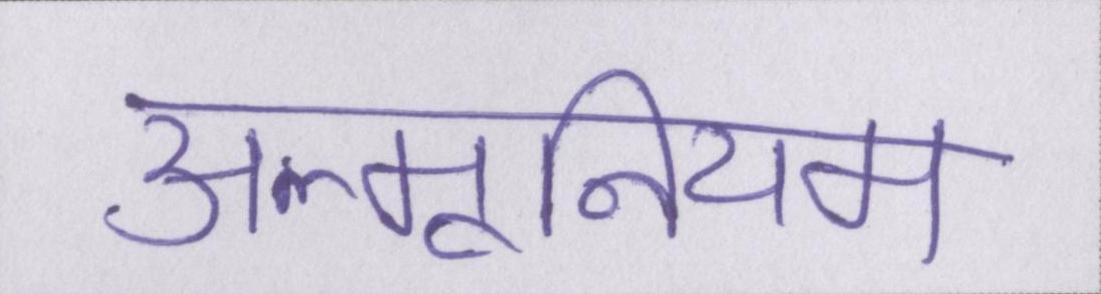
अल्मूनियम